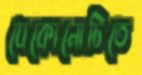
যেকোনোটিতে